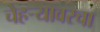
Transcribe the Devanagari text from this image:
चेहऱ्यावरचा